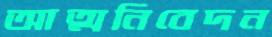
আত্মনিবেদন